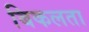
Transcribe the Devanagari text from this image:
बिकलता